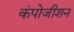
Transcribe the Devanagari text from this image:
कंपोजीशन